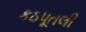
કઠપૂતલી